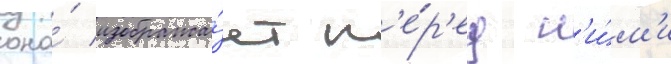
она́ изобража́ет п'е́р'ед н'и́м'и